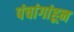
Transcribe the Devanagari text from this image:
पंचांगांहून